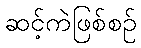
ဆင့်ကဲဖြစ်စဉ်